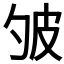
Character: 𤿈